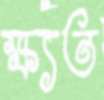
ক্ষ্যত